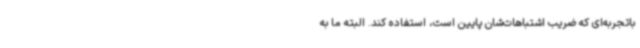
باتجربه‌ای که ضریب اشتباهات‌شان پایین است، استفاده کند. البته ما به